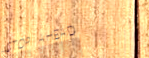
STOP AHEAD